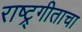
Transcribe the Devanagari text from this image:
राष्ट्र्गीताचा